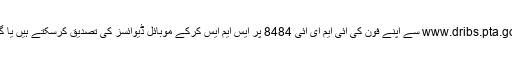
واضح رہے کہ ڈیوائس ویری فکیشن سسٹم سے پی ٹی اے ریگولیشنز کے مطابق www.dribs.pta.gov.pk سے اپنے فون کی آئی ایم ای آئی 8484 پر ایس ایم ایس کرکے موبائل ڈیوائسز کی تصدیق کرسکتے ہیں یا گوگل اور ایپل پلے سٹور سے ڈی آر بی ایس اینڈ رائڈ موبائل ایپ ڈائون لوڈ کر سکتے ہیں۔